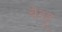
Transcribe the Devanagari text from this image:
बेदहू